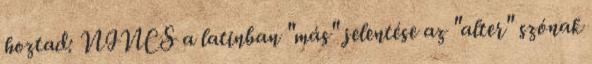
hoztad: NINCS a latinban "más" jelentése az "alter" szónak